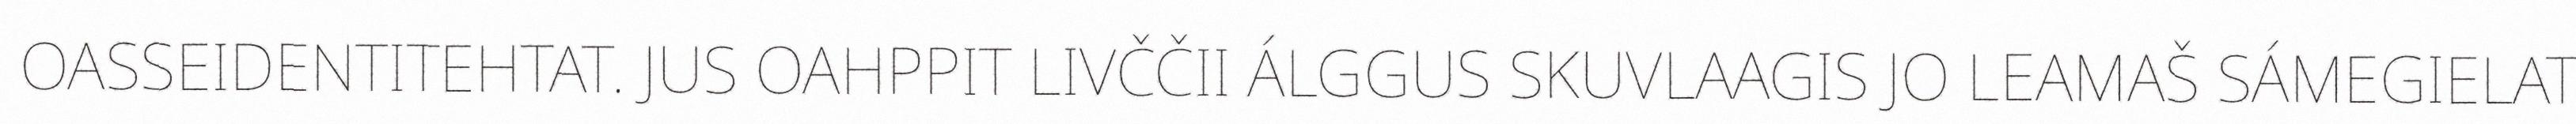
OASSEIDENTITEHTAT. JUS OAHPPIT LIVČČII ÁLGGUS SKUVLAAGIS JO LEAMAŠ SÁMEGIELAT